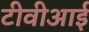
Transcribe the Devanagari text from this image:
टीवीआई